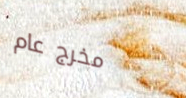
مخرج عام